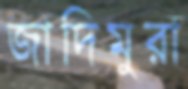
জাদিমুরা